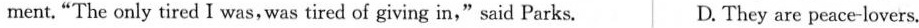
ment. “The only tired I was, was tired of giving in," said Parks, D. They are peace-lovers.